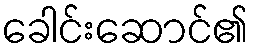
ခေါင်းဆောင်၏